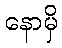
နောမှိ